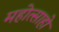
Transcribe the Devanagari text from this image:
महोत्साहो